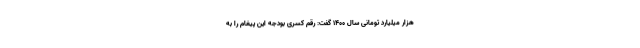
هزار میلیارد تومانی سال ۱۴۰۰ گفت: رقم کسری بودجه این پیغام را به